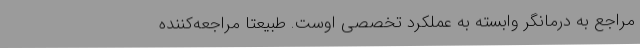
مراجع به درمانگر وابسته به عملکرد تخصصی اوست. طبیعتا مراجعه‌کننده